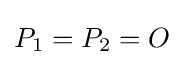
P_{1}=P_{2}=O